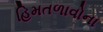
હિમતળાવોના